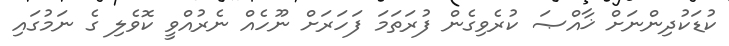
ކުޑަކުދިންނަށް ޚާއްޞަ ކުރެވިގެން ފުރަތަމަ ފަހަރަށް ނޫހެއް ނެރުއްވީ ކޮވެލި ގެ ނަމުގައި